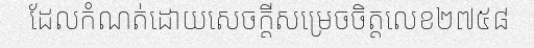
ដែលកំណត់ដោយសេចក្តីសម្រេចចិត្តលេខ២៧៥៨